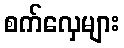
စက်လှေများ